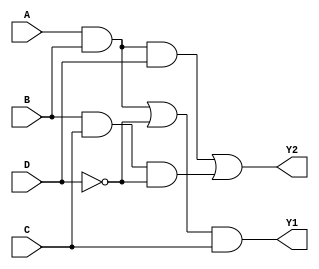
module combinational_logic_block (
    input wire A,
    input wire B,
    input wire C,
    input wire D,
    output wire Y1,
    output wire Y2
);

// Intermediate signals for simplification
wire AB;          // Intermediate signal for A AND B
wire AC;          // Intermediate signal for A AND C
wire BC;          // Intermediate signal for B AND C
wire NOTD;        // NOT of D
wire common_term; // Common sub-expression for reuse

// Simplified logic expressions
assign AB = A & B;                // A AND B
assign AC = A & C;                // A AND C
assign BC = B & C;                // B AND C
assign NOTD = ~D;                 // NOT D

// Common sub-expression (example)
assign common_term = AB | NOTD;  // (A AND B) OR (NOT D)

// Output Y1 based on the simplified logic
assign Y1 = common_term & C;      // (Common Term AND C)

// Output Y2 based on a different logic expression
assign Y2 = (AB & D) | (BC & NOTD); // (A AND B AND D) OR (B AND C AND NOT D)

endmodule